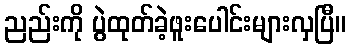
ညည်းကို ပွဲထုတ်ခဲ့ဖူးပေါင်းများလှပြီ။